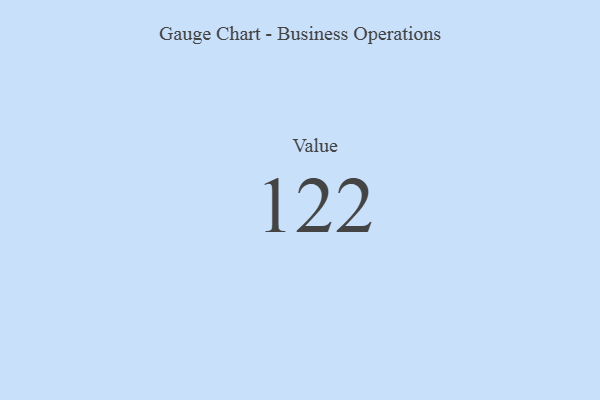
{"axis": {"x": "Metric", "y": "Value"}, "legend": [""], "data": [{"x": "Value", "y": 122, "type": ""}]}